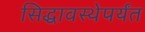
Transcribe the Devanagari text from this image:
सिद्धावस्थेपर्यंत